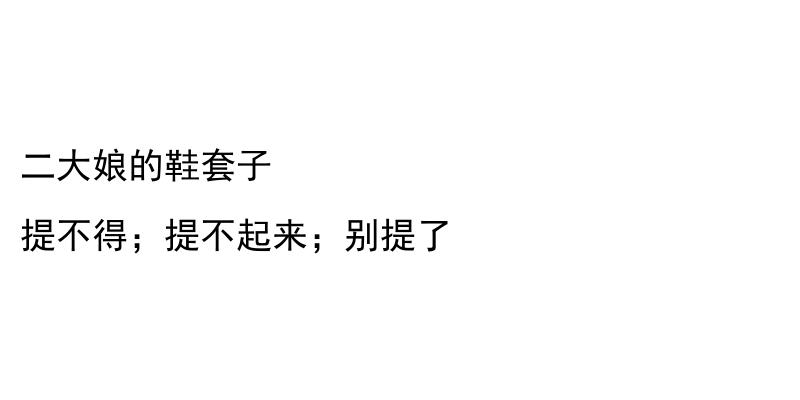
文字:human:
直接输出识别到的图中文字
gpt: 二大娘的鞋套子 提不得；提不起来；别提了